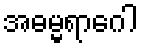
အဓမ္မရာဂေါ